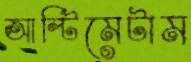
আল্টিমেটাম